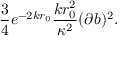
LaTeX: \frac { 3 } { 4 } e ^ { - 2 k r _ { 0 } } \frac { k r _ { 0 } ^ { 2 } } { \kappa ^ { 2 } } ( \partial b ) ^ { 2 } .